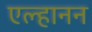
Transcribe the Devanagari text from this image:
एल्हानन